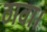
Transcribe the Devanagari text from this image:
ठावा।